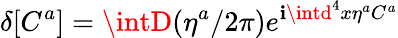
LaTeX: \delta[C^{a}]=\intD(\eta^{a}/2\pi)e^{\mathbf{i}\intd^{4}x\eta^{a}C^{a}}